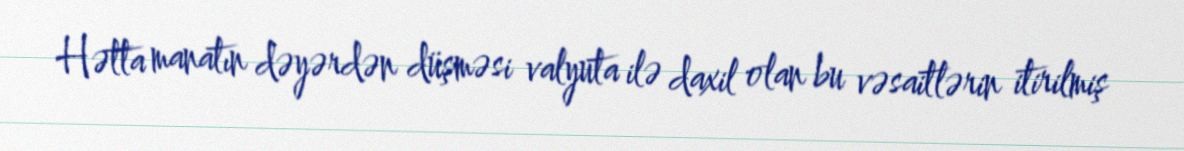
Hətta manatın dəyərdən düşməsi valyuta ilə daxil olan bu vəsaitlərin itirilmiş